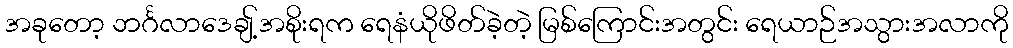
အခုတော့ ဘင်္ဂလာဒေချ့်အစိုးရက ရေနံယိုဖိတ်ခဲ့တဲ့ မြစ်ကြောင်းအတွင်း ရေယာဉ်အသွားအလာကို